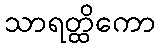
သာရတ္ထိကော